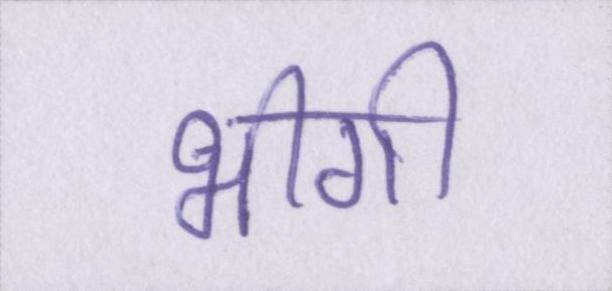
भीगी